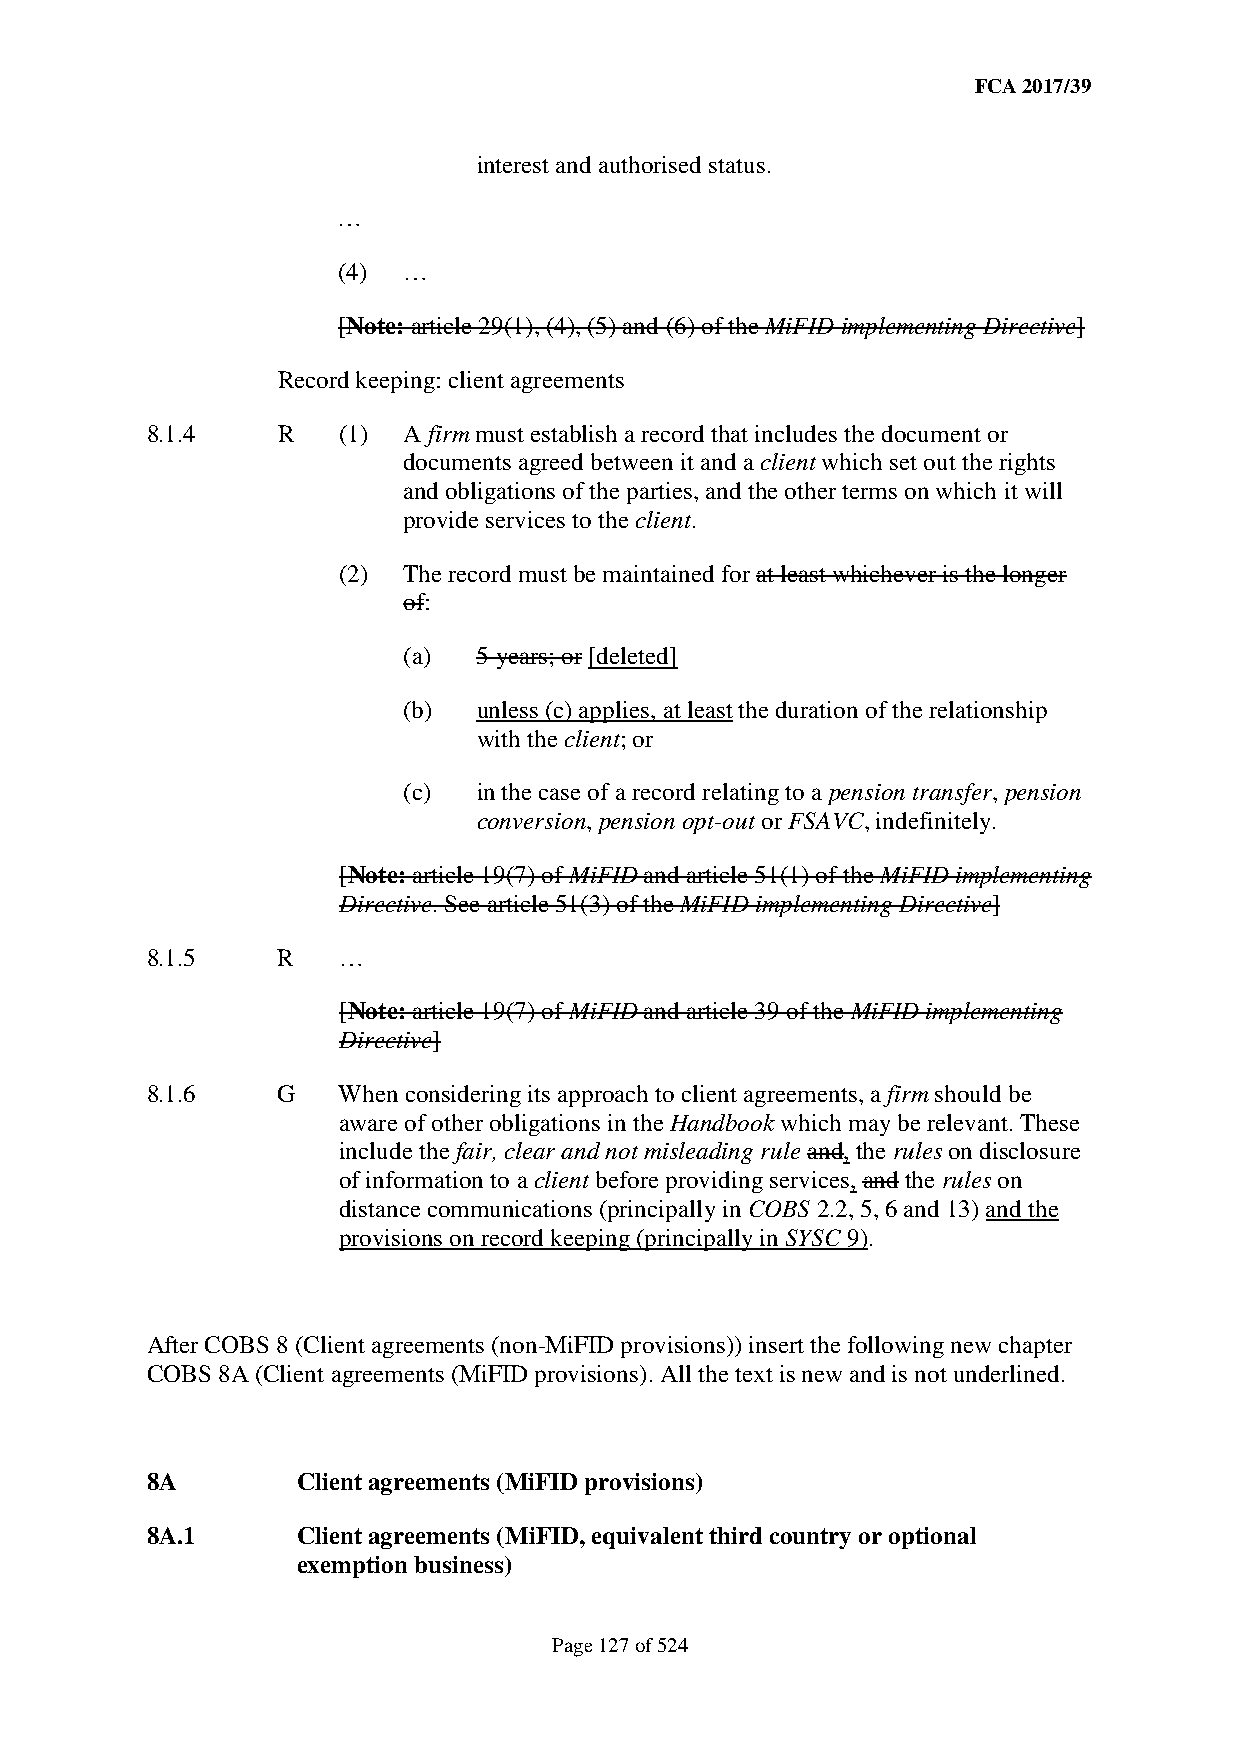
FCA 2017/39
 interest and authorised status.
 …
 (4)  …
 [Note: article 29(1), (4), (5) and (6) of the MiFID implementing Directive]
 Record keeping: client agreements
 8.1.4   R   (1)  A firm must establish a record that includes the document or
 documents agreed between it and a client which set out the rights
 and obligations of the parties, and the other terms on which it will
 provide services to the client.
 (2)  The record must be maintained for at least whichever is the longer
 of:
 (a)  5 years; or [deleted]
 (b)  unless (c) applies, at least the duration of the relationship
 with the client; or
 (c)  in the case of a record relating to a pension transfer, pension
 conversion, pension opt-out or FSAVC, indefinitely.
 [Note: article 19(7) of MiFID and article 51(1) of the MiFID implementing
 Directive. See article 51(3) of the MiFID implementing Directive]
 8.1.5   R   …
 [Note: article 19(7) of MiFID and article 39 of the MiFID implementing
 Directive]
 8.1.6   G   When considering its approach to client agreements, a firm should be
 aware of other obligations in the Handbook which may be relevant. These
 include the fair, clear and not misleading rule and, the rules on disclosure
 of information to a client before providing services, and the rules on
 distance communications (principally in COBS 2.2, 5, 6 and 13) and the
 provisions on record keeping (principally in SYSC 9).
 After COBS 8 (Client agreements (non-MiFID provisions)) insert the following new chapter
 COBS 8A (Client agreements (MiFID provisions). All the text is new and is not underlined.
 8A        Client agreements (MiFID provisions)
 8A.1      Client agreements (MiFID, equivalent third country or optional
 exemption business)
 Page 127 of 524